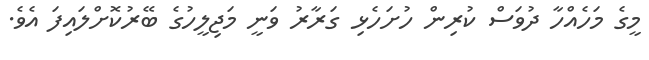
މީގެ މަހެއްހާ ދުވަސް ކުރިން ހުށަހެޅި ގަރާރު ވަނީ މަޖިލީހުގެ ބޭރުކޮށްލައިފަ އެވެ.